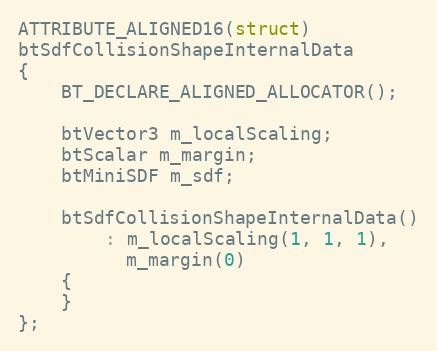
Language: C++
ATTRIBUTE_ALIGNED16(struct)
btSdfCollisionShapeInternalData
{
	BT_DECLARE_ALIGNED_ALLOCATOR();

	btVector3 m_localScaling;
	btScalar m_margin;
	btMiniSDF m_sdf;

	btSdfCollisionShapeInternalData()
		: m_localScaling(1, 1, 1),
		  m_margin(0)
	{
	}
};